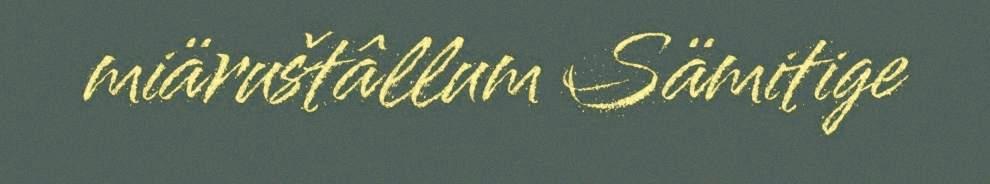
miäruštâllum Sämitige